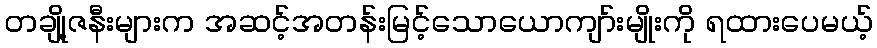
တချို့ဇနီးများက အဆင့်အတန်းမြင့်သောယောကျာ်းမျိုးကို ရထားပေမယ့်